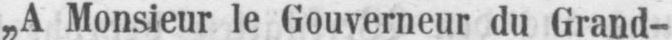
„A Monsieur le Gouverneur du Grand-